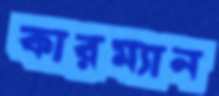
কারম্যান